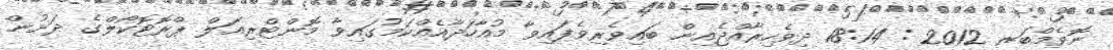
ނޮވެމްބަރ 2012 : 18:14 ދިވެހިރާއްޖެއިން ބައިވެރިވެފައިވާ މުއާހަދާއެއްކަމުގައިވާ މޮންޓްރިއަލް ޕްރޮޓޮކޯލްގެ ދަށުން